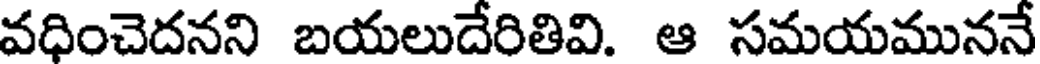
వధించెదనని బయలుదేరితివి. ఆ సమయముననే